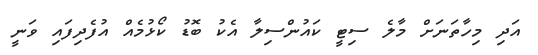
އަދި މިހާތަނަށް މާލެ ސިޓީ ކައުންސިލާ އެކު ބޮޑު ކޯޅުމެއް އުފެދިފައި ވަނީ